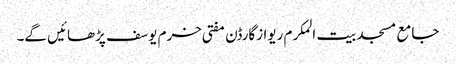
جامع مسجد بیت المکرم ریوازگارڈن مفتی خرم یوسف پڑھائیں گے۔